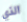
الذي